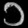
Digit: ၁